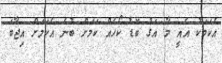
އެކަމަކު އެއީ މާ އަގު ބޮޑު ކޯހެއް ކަމަށް ބުނެ އެކަމަށް އިޖާބަ